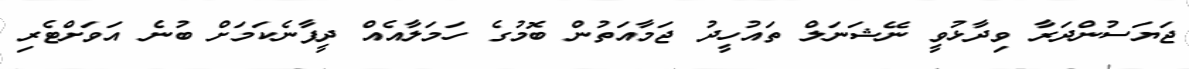
ޖަޔަސުންދަރާ ވިދާޅުވީ ނޭޝަނަލް ތައުހީދު ޖަމާއަތުން ބޮމުގެ ހަމަލާއެއް ދީފާނެކަމަށް ބުނެ އަވަށްޓެރި